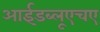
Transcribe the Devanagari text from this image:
आईडब्लूएचए